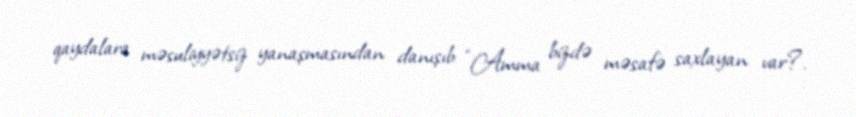
qaydalara məsuliyyətsiz yanaşmasından danışıb: “Amma bizdə məsafə saxlayan var?.